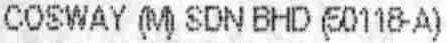
COSWAY (M) SDN BHD (50118-A)